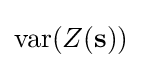
\operatorname {var} (Z(\mathbf {s} ))